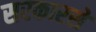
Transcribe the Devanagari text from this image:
सरकारसे